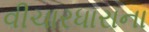
વીચારધારાના